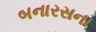
બનારસના